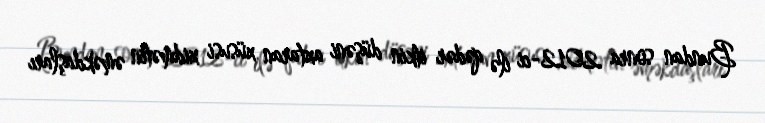
Bundan sonra 2012-ci ilə qədər itkin düşəni axtaran xüsusi xidmətin əməkdaşları